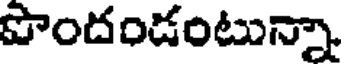
పొందండంటున్నా.